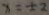
x = \pm 2